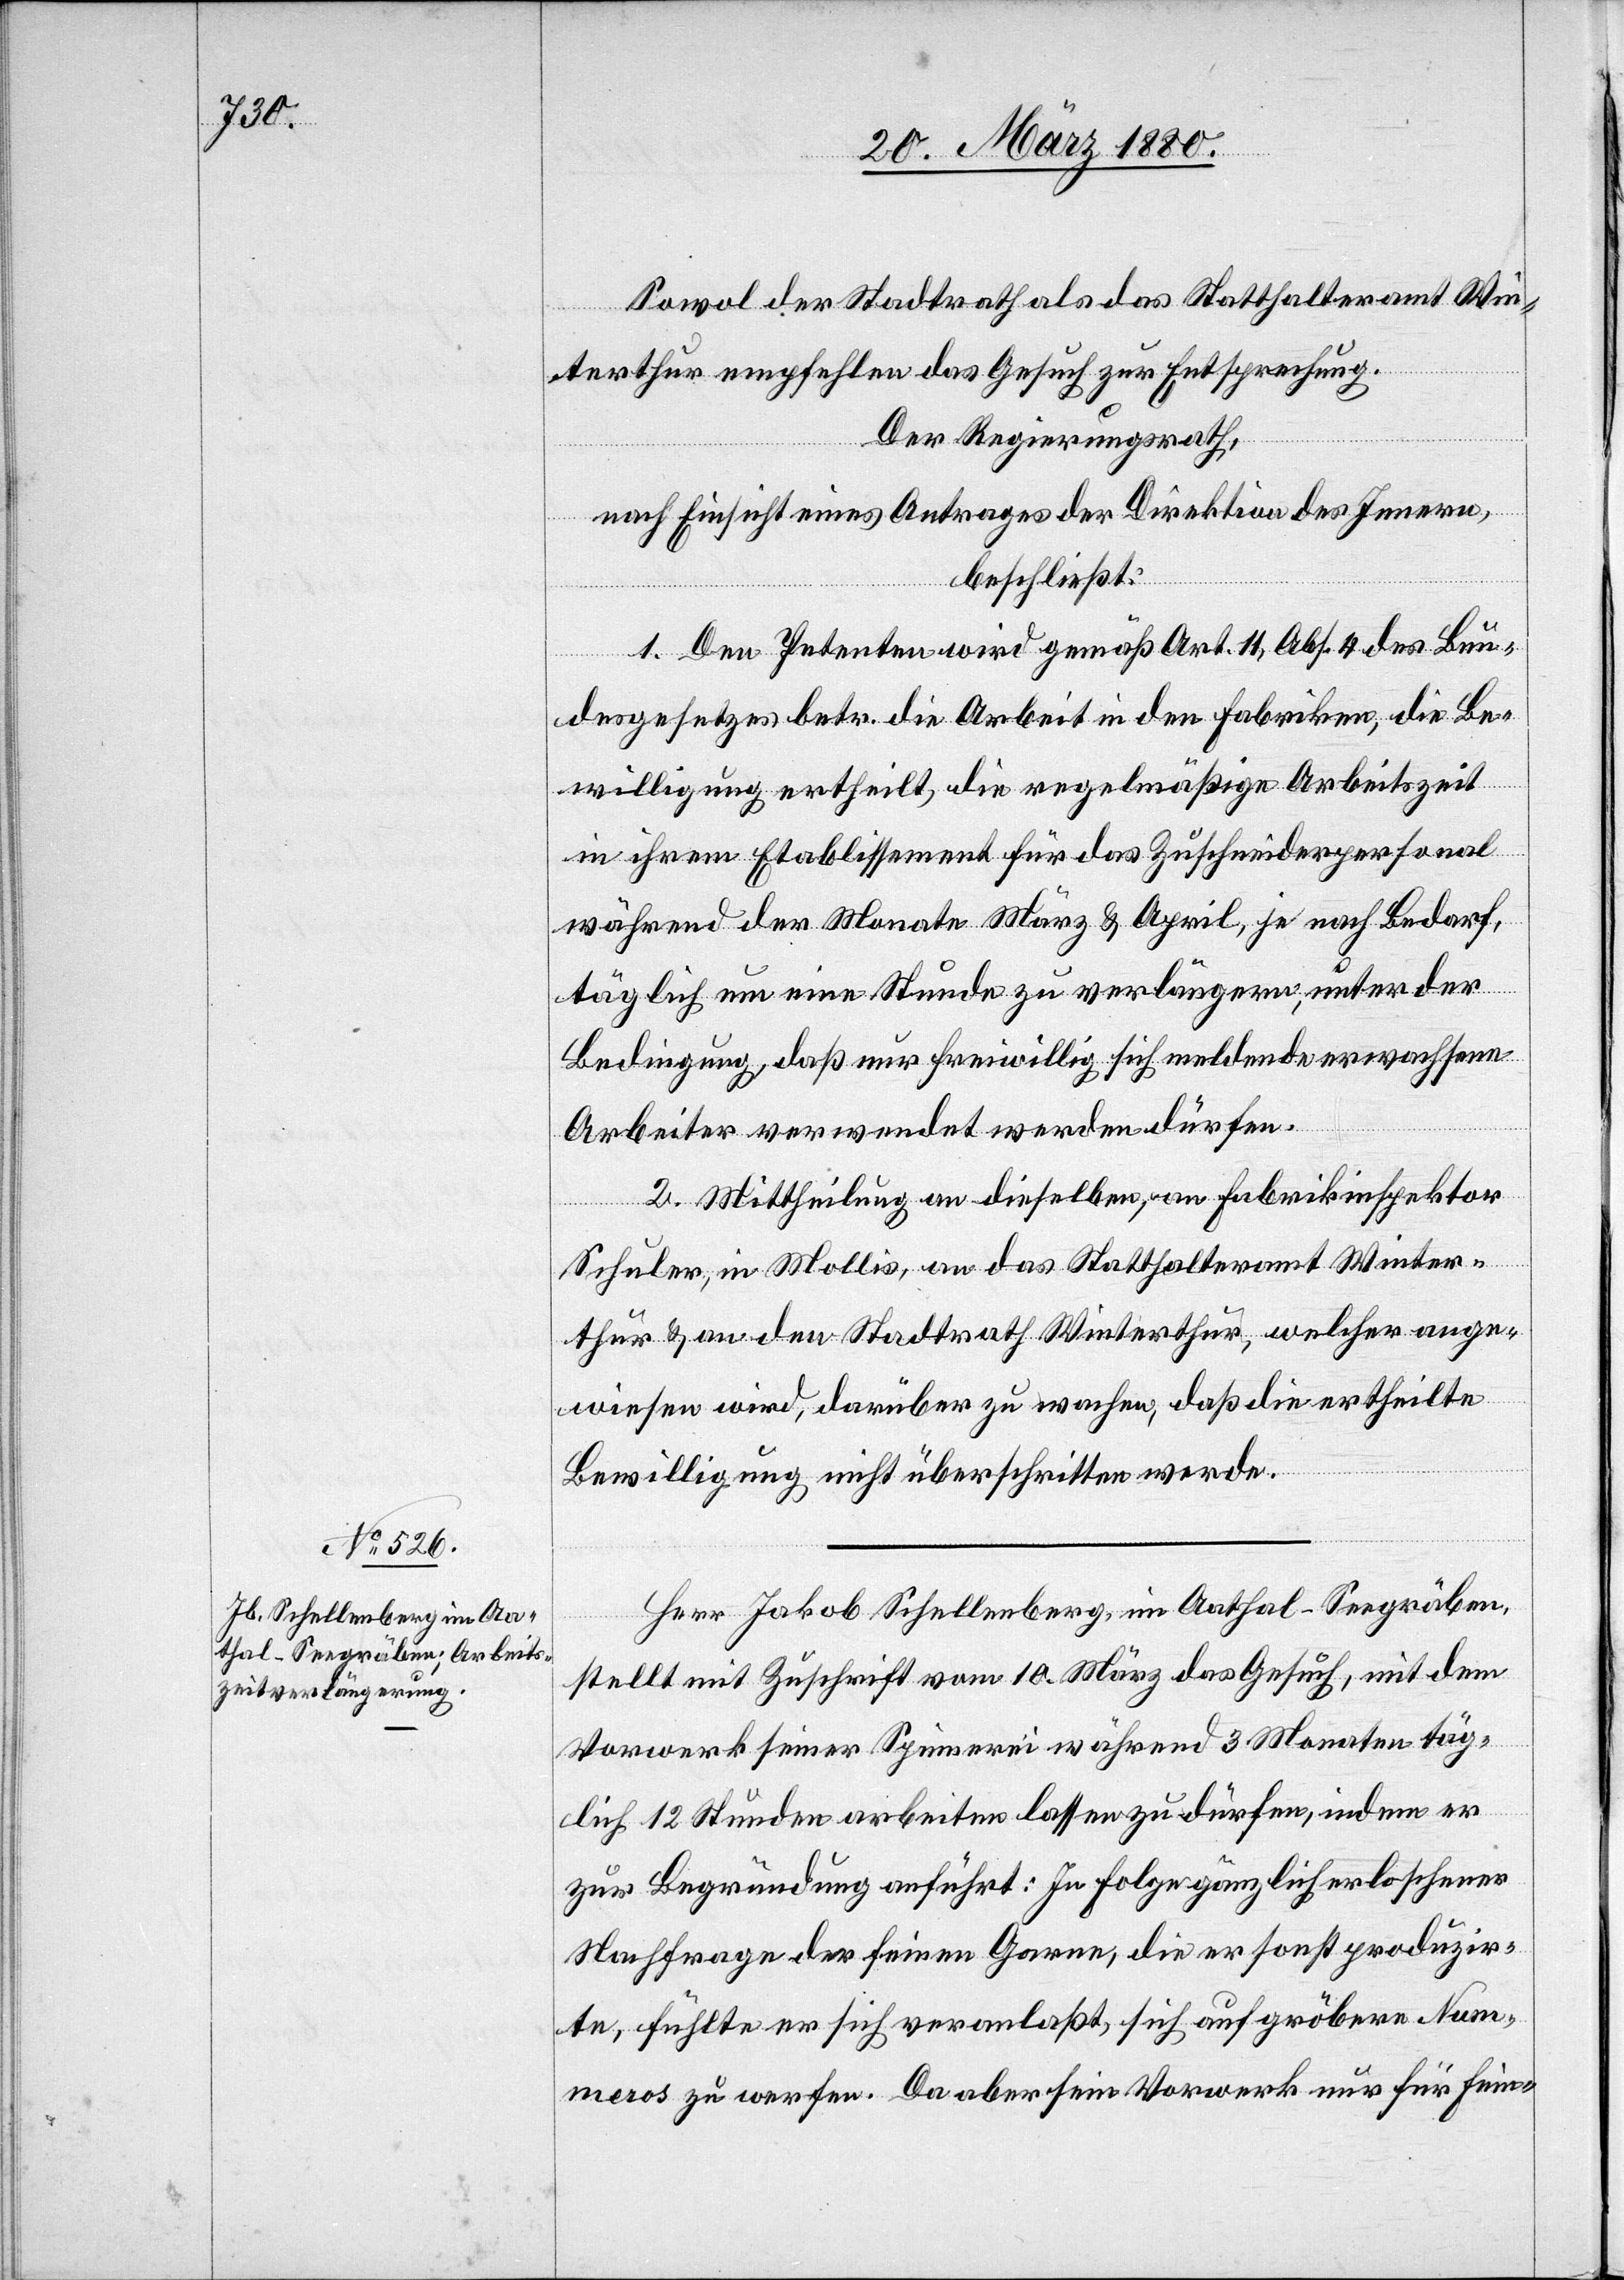
Sowol der Stadtrath als das Statthalteramt Win¬
terthur empfehlen das Gesuch zur Entsprechung.
Der Regierungsrath,
nach Einsicht eines Antrages der Direktion des Innern,
beschließt:
1. Den Petenten wird gemäß Art. 11, Abs. 4 des Bun¬
desgesetzes betr. die Arbeit in den Fabriken, die Be¬
willigung ertheilt, die regelmäßige Arbeitszeit
in ihrem Etablissement für das Zuschneidepersonal
während der Monat März & April, je nach Bedarf,
täglich um eine Stunde zu verlängern, unter der
Bedingung, daß nur freiwillig sich meldende erwachsene
Arbeiter verwendet werden dürfen.
2. Mittheilung an dieselben, an Fabrikinspektor
Schuler, in Mollis, an das Statthalteramt Winter¬
thur & an den Stadtrath Winterthur, welcher ange¬
wiesen wird, darüber zu wachen, daß die ertheilte
Bewilligung nicht überschritten werde.
Herr Jakob Schellenberg, im Aathal - Seegräben
stellt mit Zuschrift vom 10. März das Gesuch, mit dem
Vorwerk seiner Spinnerei während 3 Monaten täg¬
lich 12 Stunden arbeiten lassen zu dürfen, indem er
zur Begründung anführt: In Folge gänzlich erloschener
Nachfrage der feinen Garne, die er sonst produzir¬
te, fühlte er sich veranlaßt, sich auf gröbere Num¬
meros zu werfen. Da aber sein Vorwerk nur für Fein-